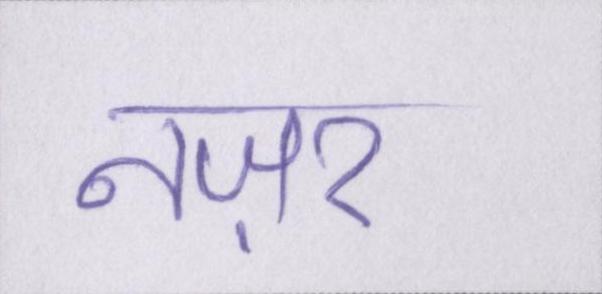
नज़र